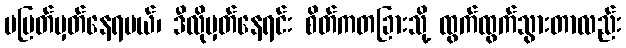
မပြတ်မှတ်နေရမယ်၊ ဒီလိုမှတ်နေရင်း စိတ်ကတခြားသို့ ထွက်ထွက်သွားတာလည်း